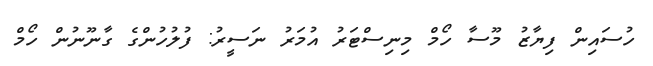
ހުސައިން ފިޔާޒު މޫސާ ހޯމް މިިނިސްޓަރު އުމަރު ނަސީރު: ފުލުހުންގެ ގާނޫނުން ހޯމް